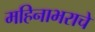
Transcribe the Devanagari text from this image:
महिनाभराचे